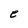
Character: e